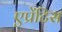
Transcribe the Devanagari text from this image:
एप्रेंटिस